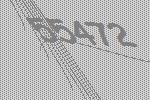
55472